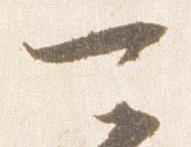
可